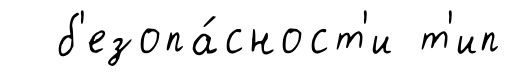
б'езопа́сност'и т'ип